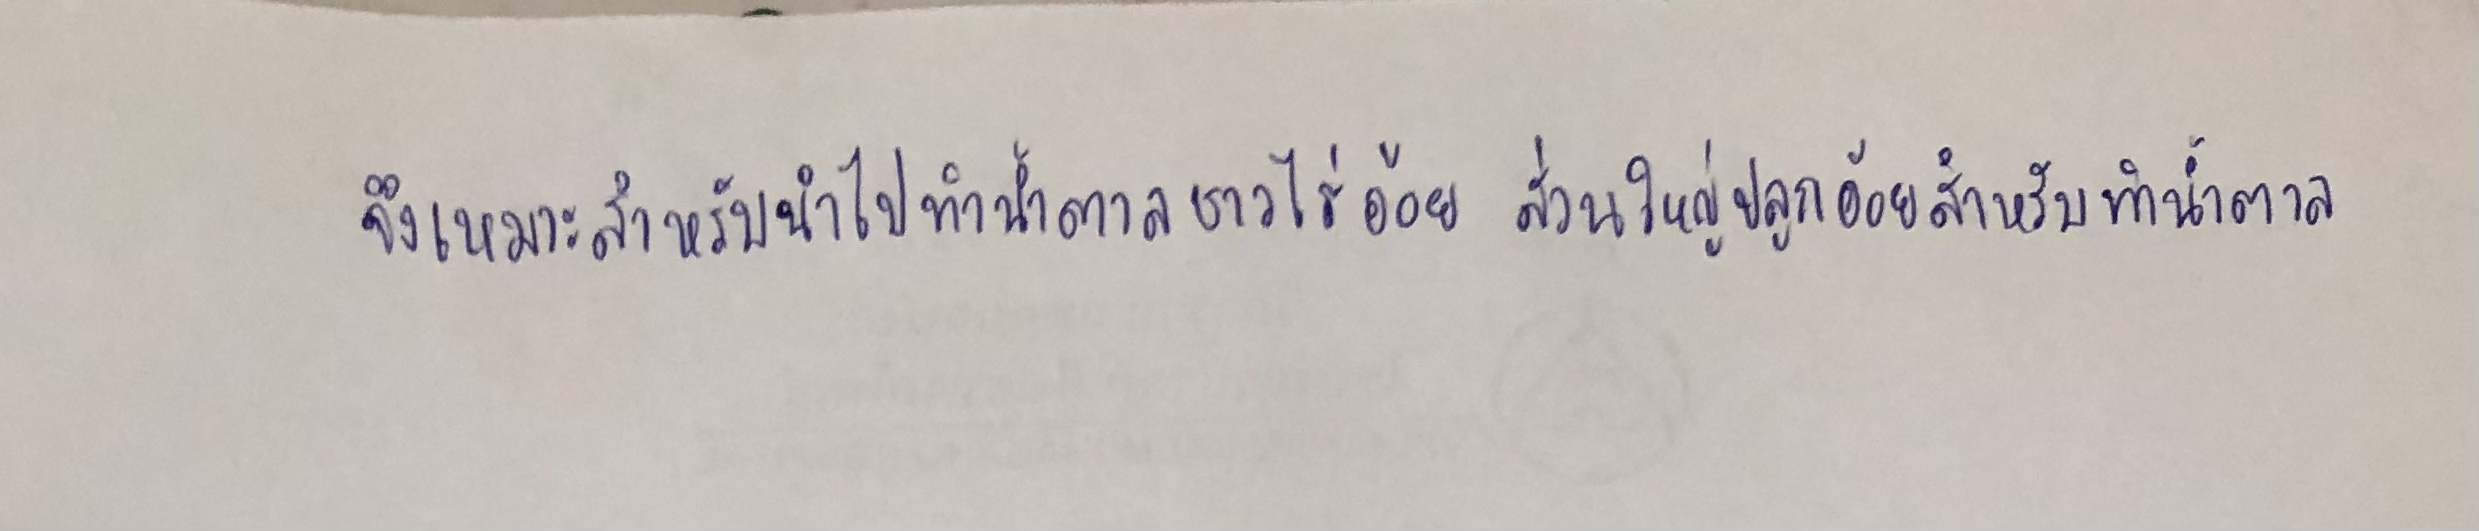
จึงเหมาะสำหรับนำไปทำน้ำตาลชาวไร่อ้อยส่วนใหญ่ปลูกอ้อยสำหรับทำน้ำตาล